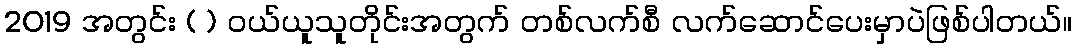
2019 အတွင်း ( ) ဝယ်ယူသူတိုင်းအတွက် တစ်လက်စီ လက်ဆောင်ပေးမှာပဲဖြစ်ပါတယ်။